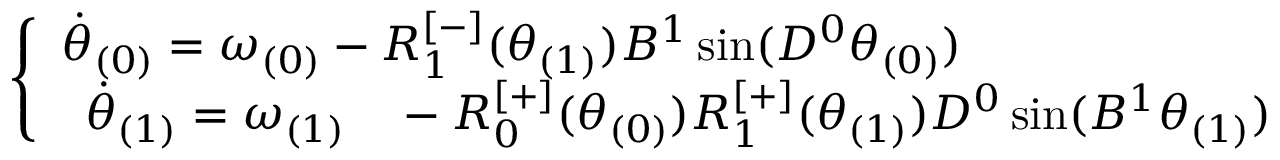
\begin{array} { r } { \left\{ \begin{array} { l l } { \Dot { \theta } _ { ( 0 ) } = \omega _ { ( 0 ) } - R _ { 1 } ^ { [ - ] } ( \theta _ { ( 1 ) } ) B ^ { 1 } \sin ( D ^ { 0 } \theta _ { ( 0 ) } ) } \\ { \begin{array} { r l } { \Dot { \theta } _ { ( 1 ) } = \omega _ { ( 1 ) } } & { { } - R _ { 0 } ^ { [ + ] } ( \theta _ { ( 0 ) } ) R _ { 1 } ^ { [ + ] } ( \theta _ { ( 1 ) } ) D ^ { 0 } \sin ( B ^ { 1 } \theta _ { ( 1 ) } ) } \end{array} } \end{array} \right. } \end{array}